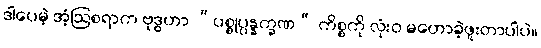
ဒါပေမဲ့ အံ့ဩစရာက ဗုဒ္ဓဟာ “ပစ္စုပ္ပန္နက္ခဏ” ကိစ္စကို လုံးဝ မဟောခဲ့ဖူးတာပါပဲ။